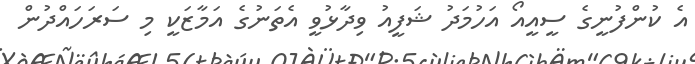
އެ ކުންފުނީގެ ސީއީއޯ އަހުމަދު ޝަފީއު ވިދާޅުވީ އެތަނުގެ އަމާޒަކީ މި ސަރަހައްދުން